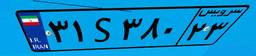
۱۲S۴۰۰۲۶